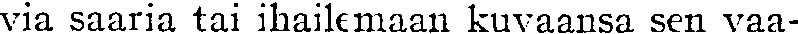
via saaria tai ihailemaan kuvaansa sen vaa-